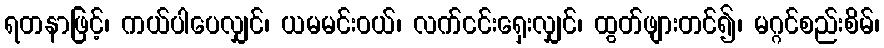
ရတနာဖြင့်၊ ကယ်ပါပေလျှင်၊ ယမမင်းဝယ်၊ လက်ငင်းရှေးလျှင်၊ ထွတ်ဖျားတင်၍၊ မဂ္ဂင်စည်းစိမ်၊